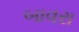
બાવરા